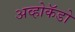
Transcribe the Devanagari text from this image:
अव्होकॅडो